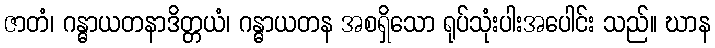
ဇာတံ၊ ဂန္ဓာယတနာဒိတ္တယံ၊ ဂန္ဓာယတန အစရှိသော ရုပ်သုံးပါးအပေါင်း သည်။ ဃာန